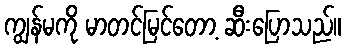
ကျွန်မကို မာတင်မြင်တော့ ဆီးပြောသည်။